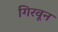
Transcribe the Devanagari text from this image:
गिरवून